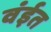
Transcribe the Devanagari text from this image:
वंईत